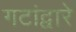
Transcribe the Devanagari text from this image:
गटांद्वारे